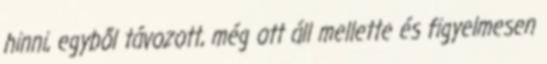
hinni, egyből távozott, még ott áll mellette és figyelmesen